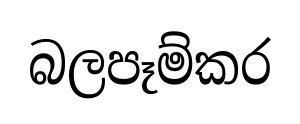
බලපෑම්කර